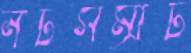
নটসম্রাট